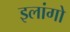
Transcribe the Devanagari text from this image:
इलांगो